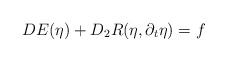
\begin{align*}DE (\eta) + D_2 R(\eta, \partial_t \eta) = f\end{align*}